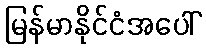
မြန်မာနိုင်ငံအပေါ်